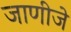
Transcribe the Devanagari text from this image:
जाणीजे